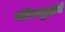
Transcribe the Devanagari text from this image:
जीवसृष्टीने